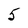
Character: 5